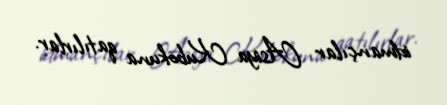
idmançılar Asiya Kubokuna qatılırlar.